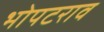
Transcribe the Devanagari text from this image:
भोपटराव